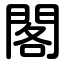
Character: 閣